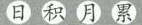
日积月累